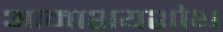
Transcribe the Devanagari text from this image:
आमाशयशोथ